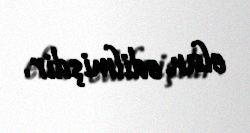
elan edilmişdir.